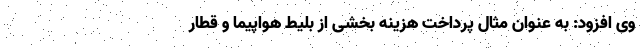
وی افزود: به عنوان مثال پرداخت هزینه بخشی از بلیط هواپیما و قطار